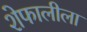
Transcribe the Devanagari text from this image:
शेफालीला